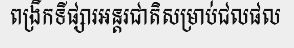
ពង្រីកទីផ្សារអន្តរជាតិសម្រាប់ជលផល